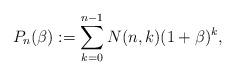
LaTeX: \begin{gather*} P_n(\beta):=\sum_{k=0}^{n-1}N(n,k) (1+\beta)^k,\end{gather*}